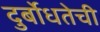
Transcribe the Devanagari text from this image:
दुर्बोधतेची